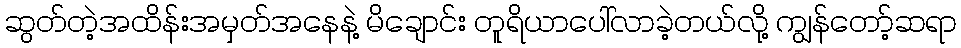
ဆွတ်တဲ့အထိန်းအမှတ်အနေနဲ့ မိချောင်း တူရိယာပေါ်လာခဲ့တယ်လို့ ကျွန်တော့်ဆရာ